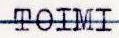
TOIMI